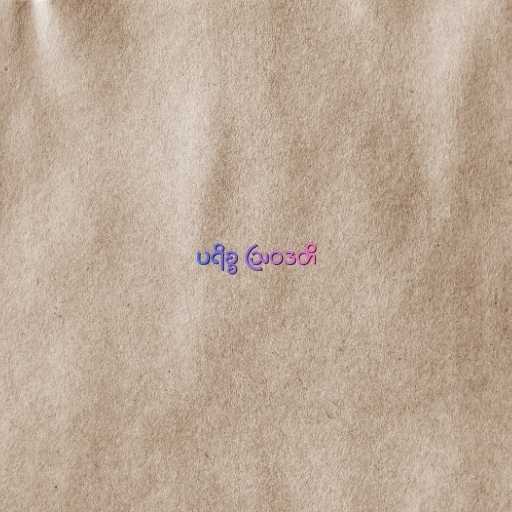
ပရိစ္စ ဩဝဒတိ